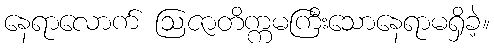
နေရာလောက် ဩဇာတိက္ကမကြီးသောနေရာမရှိခဲ့။